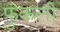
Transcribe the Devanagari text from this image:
फुंकली